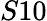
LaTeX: S10